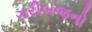
ગરીબજનો